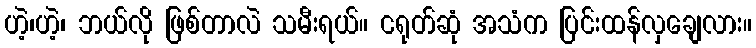
ဟဲ့၊ဟဲ့၊ ဘယ်လို ဖြစ်တာလဲ သမီးရယ်။ ငရုတ်ဆုံ အသံက ပြင်းထန်လှချေလား။